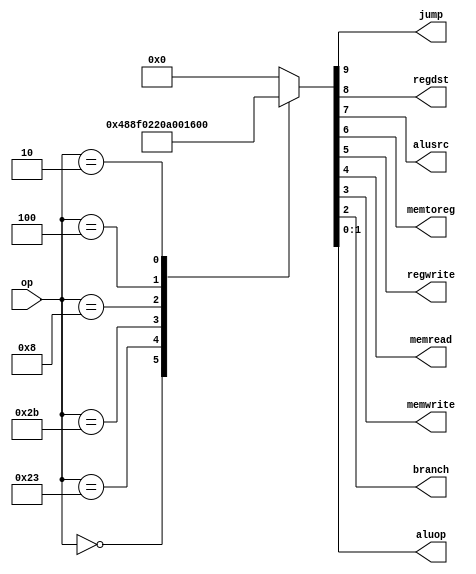
`timescale 1ns / 1ps
//////////////////////////////////////////////////////////////////////////////////
// Company: 
// Engineer: 
// 
// Design Name: 
// Module Name:    Control 
// Project Name: 
// Target Devices: 
// Tool versions: 
// Description: 
//
// Dependencies: 
//
// Revision: 
// Revision 0.01 - File Created
// Additional Comments: 
//
//////////////////////////////////////////////////////////////////////////////////
module Control(op, jump, regdst, alusrc, memtoreg, regwrite, memread, memwrite, branch, aluop);
input [5:0] op;
output reg jump, regdst, alusrc, memtoreg, regwrite, memread, memwrite, branch;
output reg [1:0] aluop;

initial
begin
	{jump, regdst, alusrc, memtoreg, regwrite, memread, memwrite, branch, aluop[1], aluop[0]} = 10'd0;
end

always@(*)
begin
	case(op)
		6'b000000: {jump, regdst, alusrc, memtoreg, regwrite, memread, memwrite, branch, aluop[1], aluop[0]} = 10'b0100100010;
		6'b100011: {jump, regdst, alusrc, memtoreg, regwrite, memread, memwrite, branch, aluop[1], aluop[0]} = 10'b0011110000;
		6'b101011: {jump, regdst, alusrc, memtoreg, regwrite, memread, memwrite, branch, aluop[1], aluop[0]} = 10'b0010001000;
		6'b001000: {jump, regdst, alusrc, memtoreg, regwrite, memread, memwrite, branch, aluop[1], aluop[0]} = 10'b0010100000;
		6'b000100: {jump, regdst, alusrc, memtoreg, regwrite, memread, memwrite, branch, aluop[1], aluop[0]} = 10'b0000000101;
		6'b000010: {jump, regdst, alusrc, memtoreg, regwrite, memread, memwrite, branch, aluop[1], aluop[0]} = 10'b1000000000;
		default: {jump, regdst, alusrc, memtoreg, regwrite, memread, memwrite, branch, aluop[1], aluop[0]} = 10'd0;
	endcase
end

endmodule